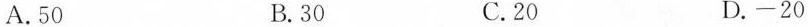
A.50 B.30 C.20 D.-20